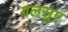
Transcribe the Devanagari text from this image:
गलसुए